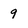
Character: 9